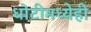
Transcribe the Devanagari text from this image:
धोटीमध्येही